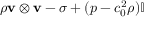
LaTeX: \rho \mathbf { v } \otimes \mathbf { v } - \sigma + ( p - c _ { 0 } ^ { 2 } \rho ) \mathbb { I }